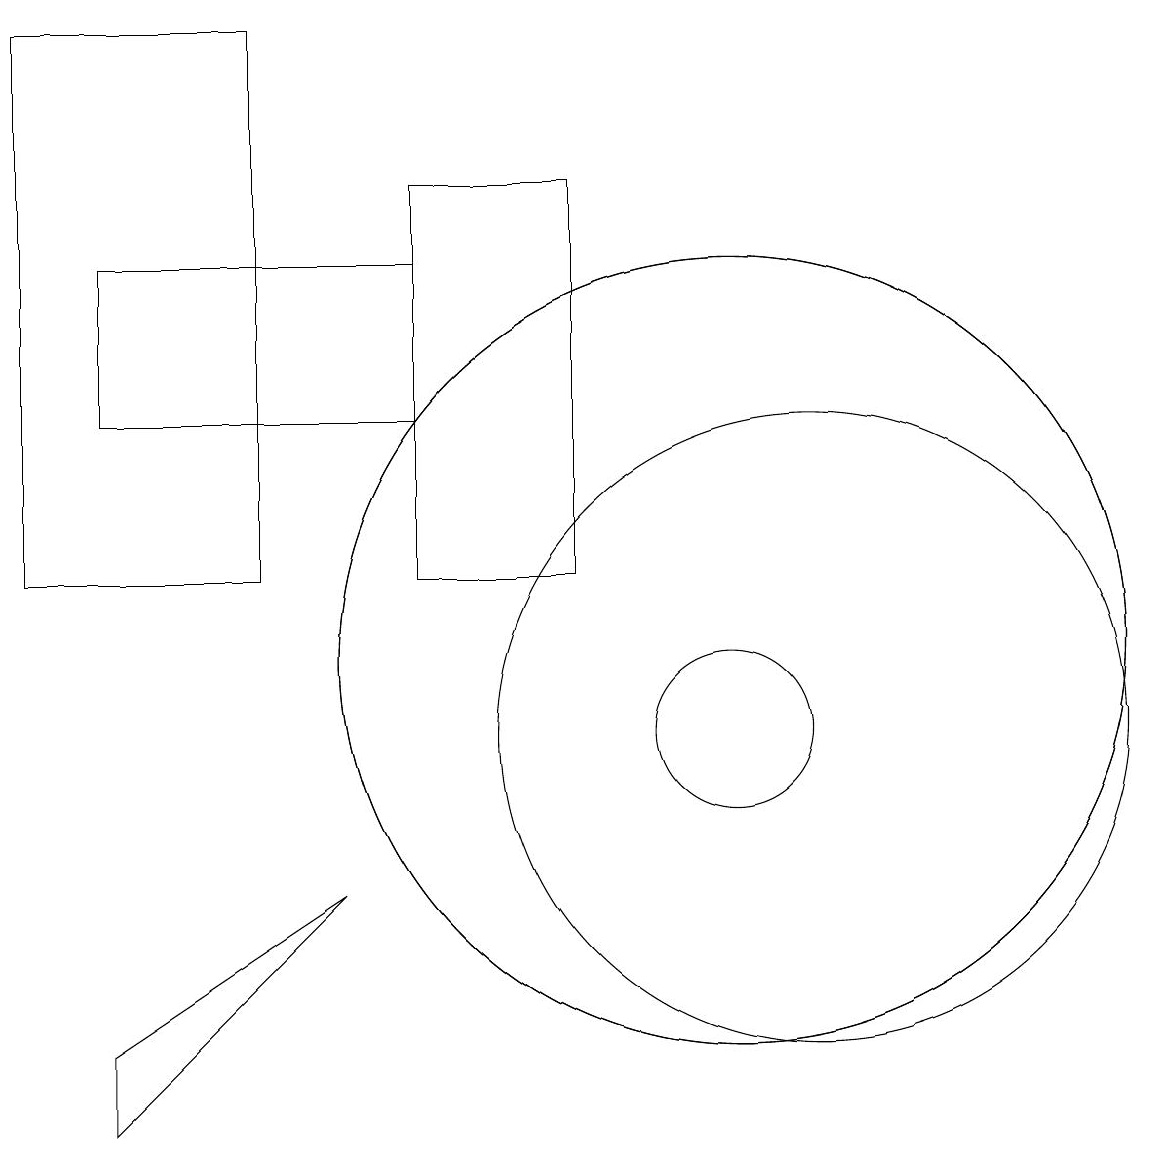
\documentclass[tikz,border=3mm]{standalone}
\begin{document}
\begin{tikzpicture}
\draw (10,11) circle (5);
\draw (5,8) -- (2,5) -- (2,6) -- cycle;
\draw (11,10) circle (4);
\draw (8,17) rectangle (6,12);
\draw (10,10) circle (1);
\draw (1,19) rectangle (4,12);
\draw (2,14) rectangle (6,16);
\draw (10,11) circle (5);
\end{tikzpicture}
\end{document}